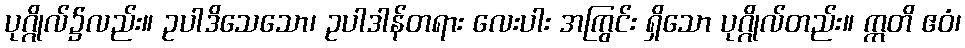
ပုဂ္ဂိုလ်၌လည်း။ ဥပါဒိသေသော၊ ဥပါဒါန်တရား လေးပါး အကြွင်း ရှိသော ပုဂ္ဂိုလ်တည်း။ ဣတိ ဧဝံ၊